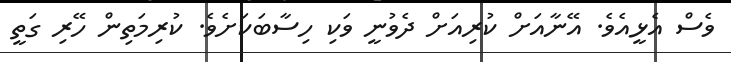
ވެސް އެޅީއެވެ. އޭނާއަށް ކުރިއަށް ދެވުނީ ވަކި ހިސާބަކަށެވެ. ކުރިމަތިން ހޭރި ގަތީ